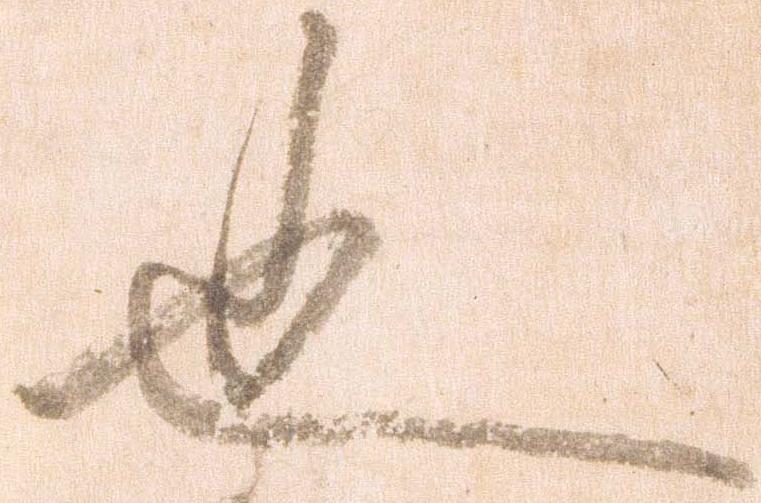
也